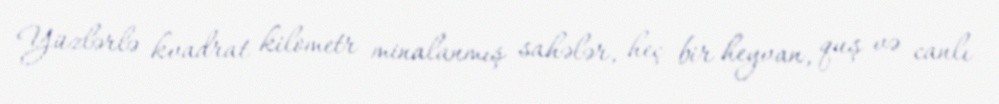
Yüzlərlə kvadrat kilometr minalanmış sahələr, heç bir heyvan, quş və canlı